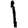
Digit: 1